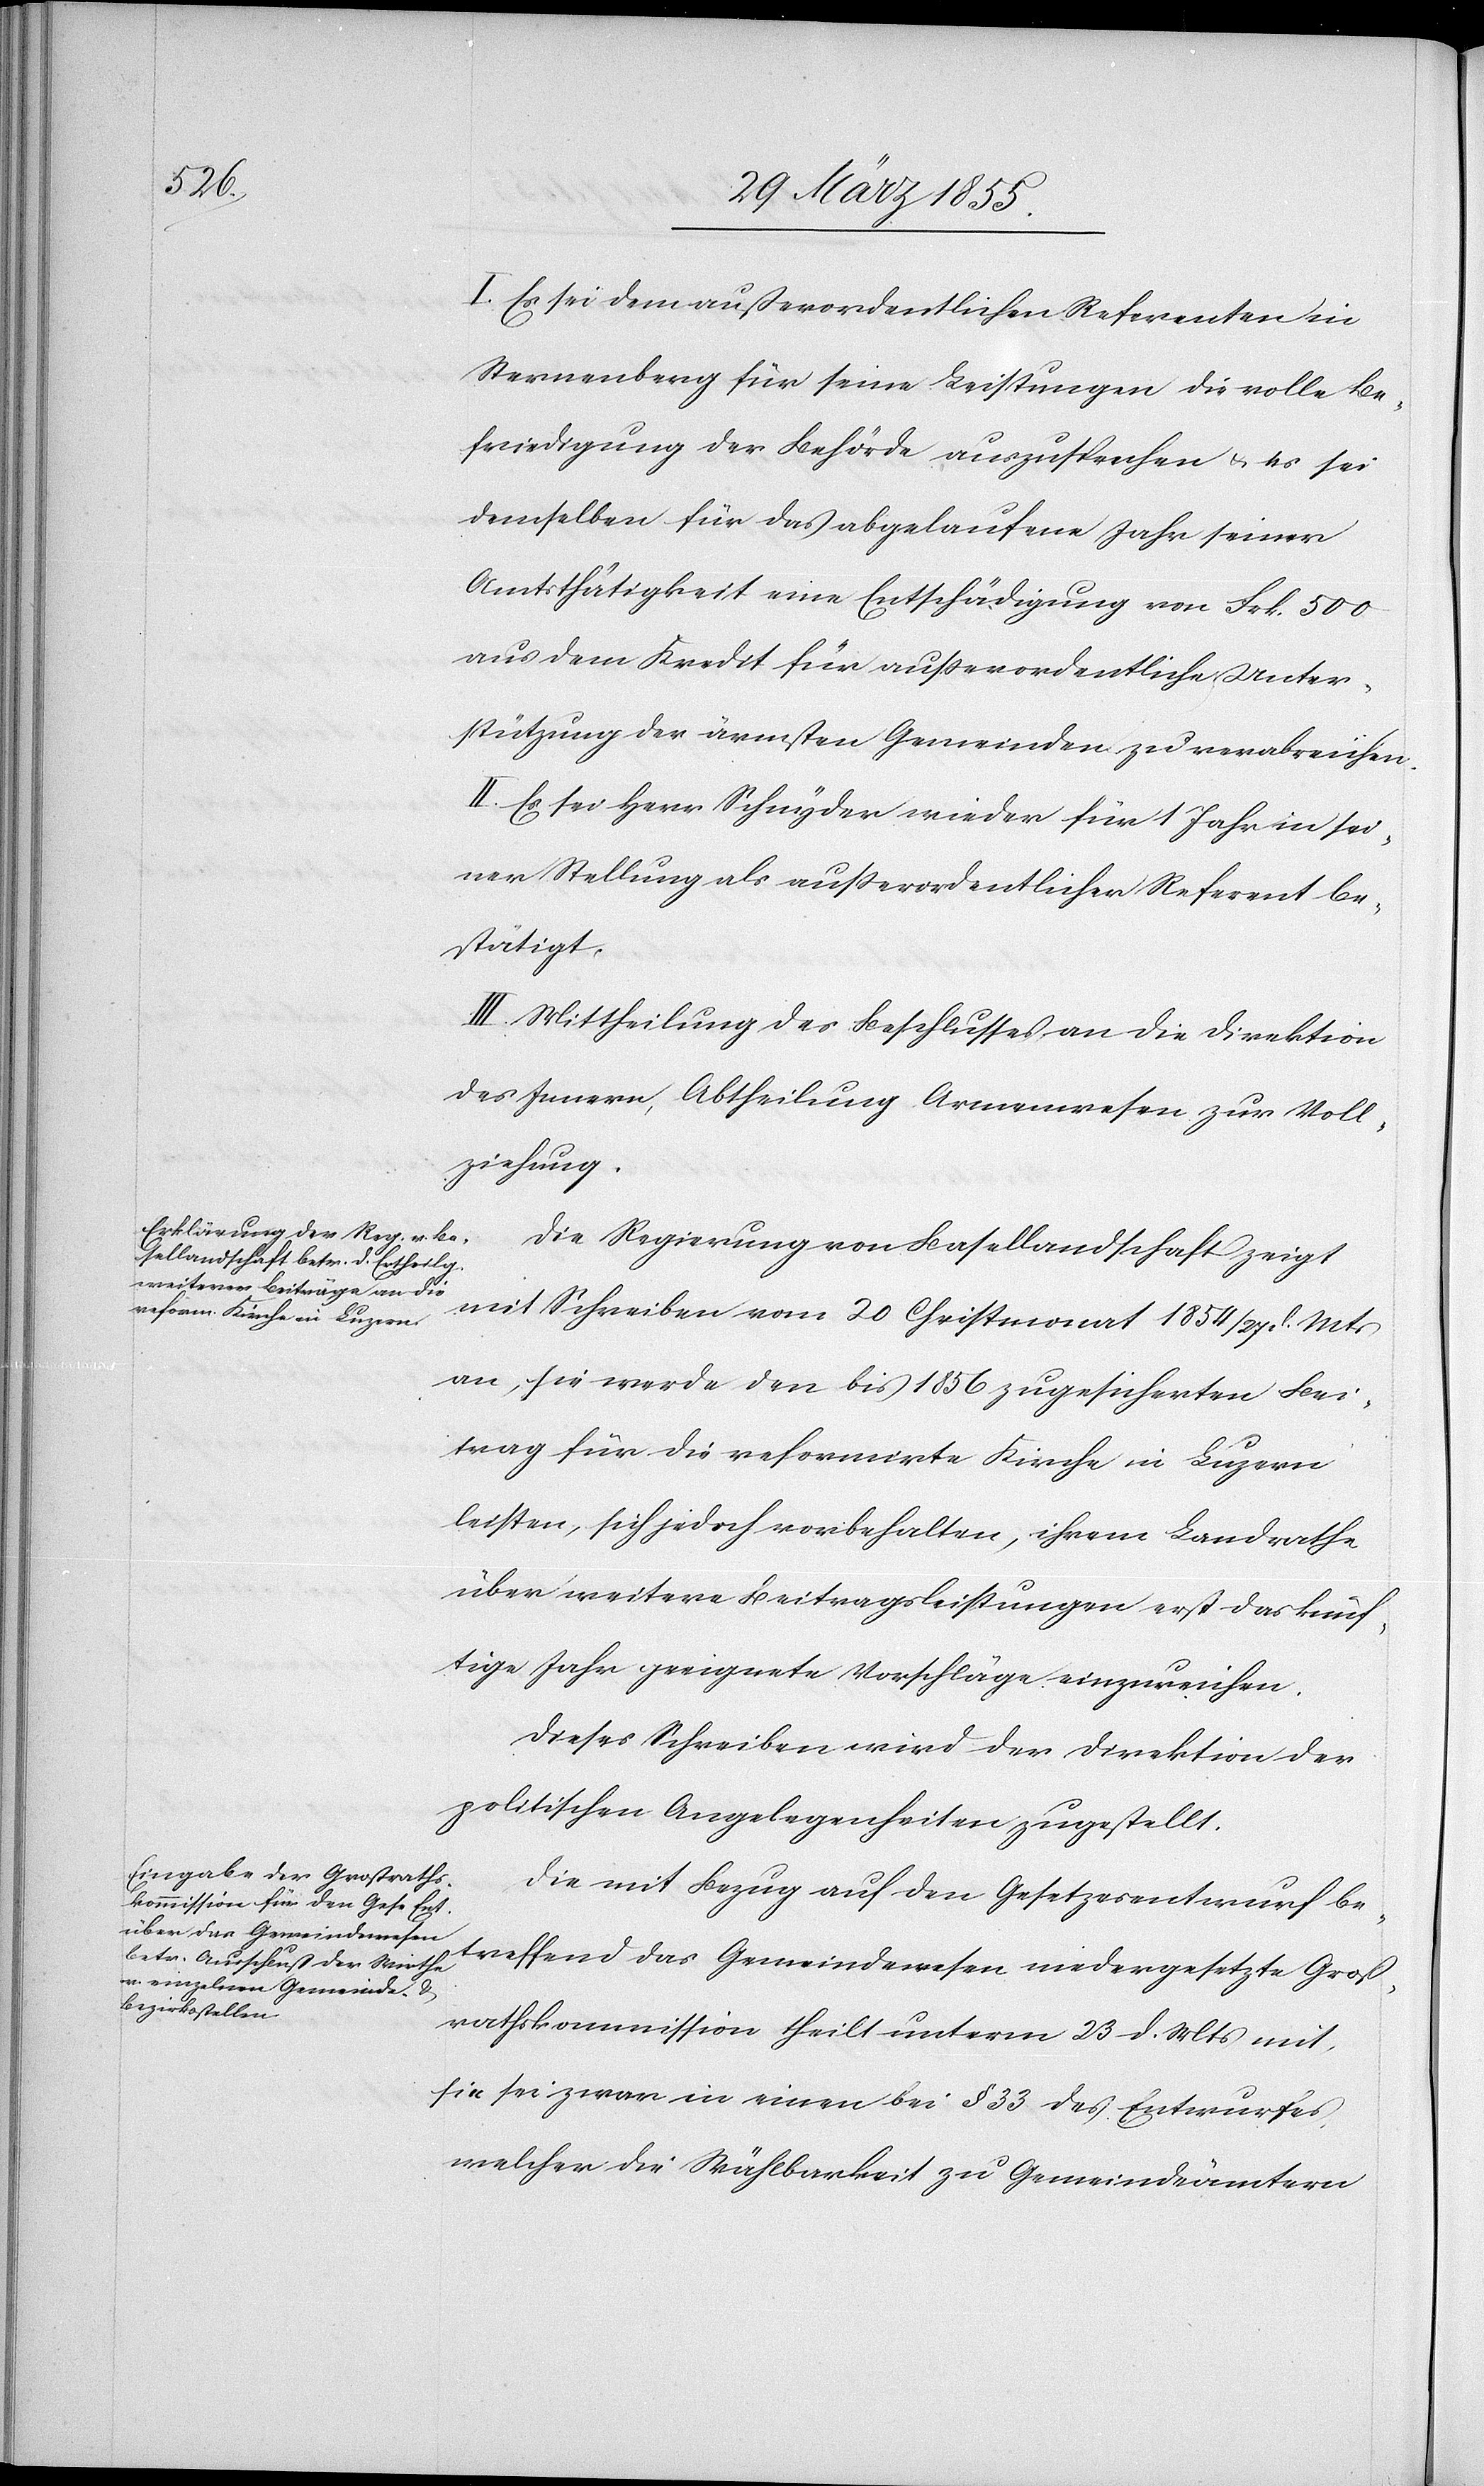
I. Es sei dem außerordentlichen Referenten in
Sternenberg für seine Leistungen die volle Be¬
friedigung der Behörde auszusprechen & es sei
demselben für das abgelaufene Jahr seiner
Amtsthätigkeit eine Entschädigung von Frk. 500
aus dem Kredit für ausserordentliche Unter¬
stützung der ärmsten Gemeinden zu verabreichen.
II. Es sei Herr Schnyder wieder für 1 Jahr in sei¬
ner Stellung als ausserordentlicher Referent be¬
stätigt.
III. Mittheilung des Beschlusses an die Direktion
des Innern, Abtheilung Armenwesen zur Voll¬
ziehung.
Die Regierung von Basellandschaft zeigt
mit Schreiben vom 20 Christmonat 1854 / 27 d. Mts
an, sie werde den bis 1856 zugesicherten Bei¬
trag für die reformirte Kirche in Luzern
leisten, sich jedoch vorbehalten, ihrem Landrathe
über weitere Beitragsleistungen erst das künf¬
tige Jahr geeignete Vorschläge einzureichen.
Dieses Schreiben wird der Direktion der
politischen Angelegenheiten zugestellt.
Die mit Bezug auf den Gesetzesentwurf be¬
treffend das Gemeindewesen niedergesetzte Groß¬
rathskommission theilt unterm 23 d. Mts mit,
sie sei zwar in einen bei § 33 des Entwurfes,
welcher die Wählbarkeit zu Gemeindeämtern